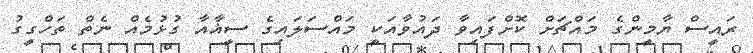
ރައީސް ޔާމީންގެ މައްޗަށް ކޮށްފައިވާ ދައުވާއަކީ މައްސަލައިގެ ސީޣާއާ ގުޅުމެއް ނެތް ތަހްގީގު